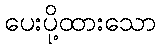
ပေးပို့ထားသော